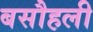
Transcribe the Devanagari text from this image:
बसौहली